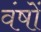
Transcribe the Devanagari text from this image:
वंषों